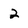
Character: 2